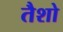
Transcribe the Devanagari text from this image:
तैशो